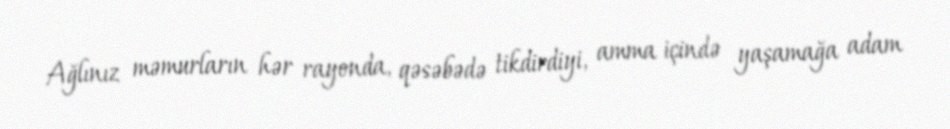
Ağlınız məmurların hər rayonda, qəsəbədə tikdirdiyi, amma içində yaşamağa adam